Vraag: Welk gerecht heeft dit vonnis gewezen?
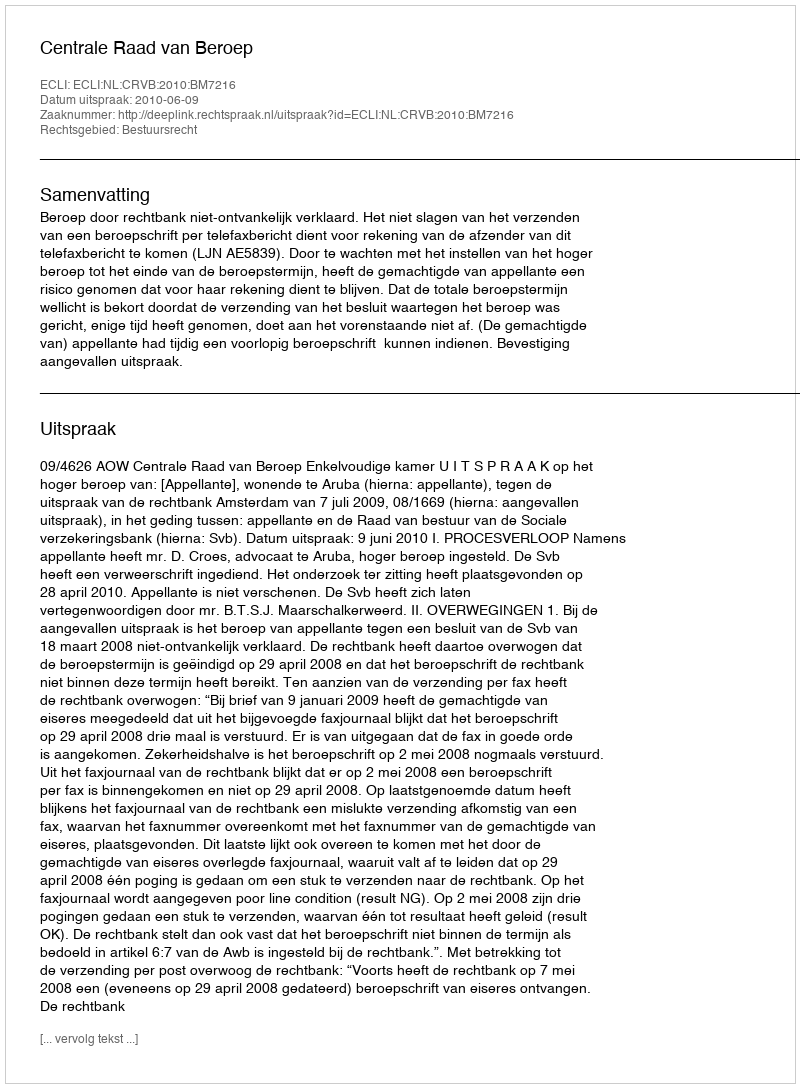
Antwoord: Centrale Raad van Beroep